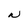
Character: N